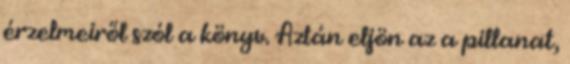
érzelmeiről szól a könyv. Aztán eljön az a pillanat,